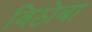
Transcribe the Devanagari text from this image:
विठाेबा